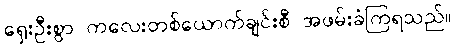
ရှေးဦးစွာ ကလေးတစ်ယောက်ချင်းစီ အဖမ်းခံကြရသည်။